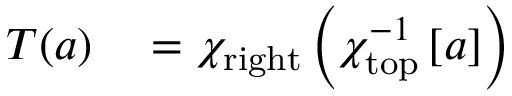
\begin{array} { r l } { T ( a ) } & { { } = \chi _ { \mathrm { r i g h t } } \left( \chi _ { \mathrm { t o p } } ^ { - 1 } \left[ a \right] \right) } \end{array}